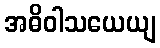
အဓိဝါသယေယျ